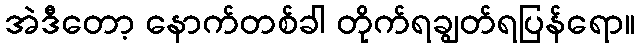
အဲဒီတော့ နောက်တစ်ခါ တိုက်ရချွတ်ရပြန်ရော။